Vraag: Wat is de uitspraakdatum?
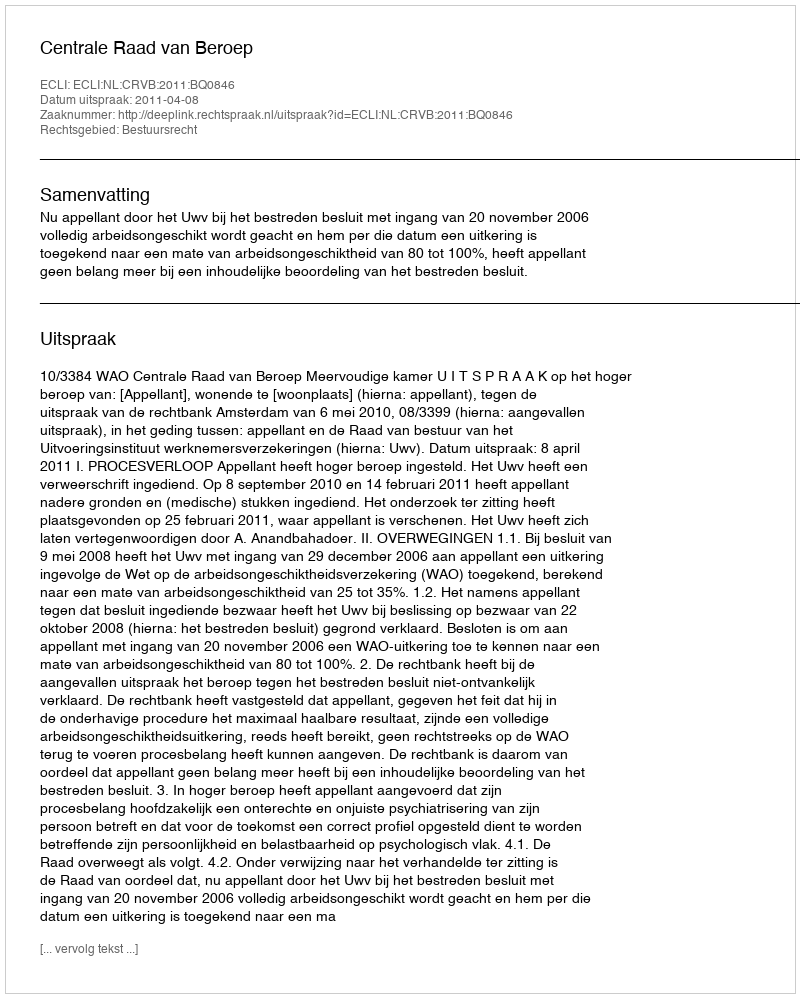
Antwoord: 2011-04-08